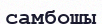
самбошы